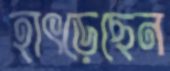
হাৎড়েছেন